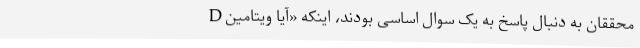
محققان به دنبال پاسخ به یک سوال اساسی بودند، اینکه «آیا ویتامین D